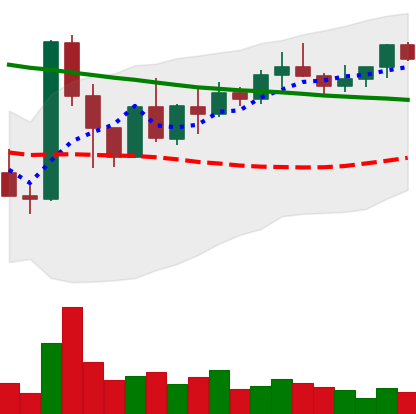
Ticker: XMR-USD
Chart end date: 2022-03-25
Forward return: 10.898%
Label: up_7plus